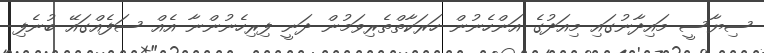
ސިޔާސީ މައިދާނުގައި މިއަދުގެ އަންހެނުން ހަރަކާތްތެރިވަމުން ދަނީ ފިރިހެނުންނާ އެއް ސަފެއްގައޭ ބުނެފި